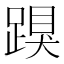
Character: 䠐